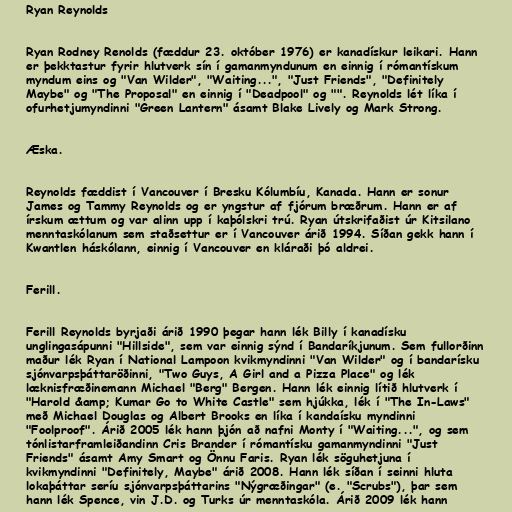
Ryan Reynolds

Ryan Rodney Renolds (fæddur 23. október 1976) er kanadískur leikari. Hann
er þekktastur fyrir hlutverk sín í gamanmyndunum en einnig í rómantískum
myndum eins og "Van Wilder", "Waiting...", "Just Friends", "Definitely
Maybe" og "The Proposal" en einnig í "Deadpool" og "". Reynolds lét líka í
ofurhetjumyndinni "Green Lantern" ásamt Blake Lively og Mark Strong.

Æska.

Reynolds fæddist í Vancouver í Bresku Kólumbíu, Kanada. Hann er sonur
James og Tammy Reynolds og er yngstur af fjórum bræðrum. Hann er af
írskum ættum og var alinn upp í kaþólskri trú. Ryan útskrifaðist úr Kitsilano
menntaskólanum sem staðsettur er í Vancouver árið 1994. Síðan gekk hann í
Kwantlen háskólann, einnig í Vancouver en kláraði þó aldrei.

Ferill.

Ferill Reynolds byrjaði árið 1990 þegar hann lék Billy í kanadísku
unglingasápunni "Hillside", sem var einnig sýnd í Bandaríkjunum. Sem fullorðinn
maður lék Ryan í National Lampoon kvikmyndinni "Van Wilder" og í bandarísku
sjónvarpsþáttaröðinni, "Two Guys, A Girl and a Pizza Place" og lék
læknisfræðinemann Michael "Berg" Bergen. Hann lék einnig lítið hlutverk í
"Harold &amp; Kumar Go to White Castle" sem hjúkka, lék í "The In-Laws"
með Michael Douglas og Albert Brooks en líka í kandaísku myndinni
"Foolproof". Árið 2005 lék hann þjón að nafni Monty í "Waiting...", og sem
tónlistarframleiðandinn Cris Brander í rómantísku gamanmyndinni "Just
Friends" ásamt Amy Smart og Önnu Faris. Ryan lék söguhetjuna í
kvikmyndinni "Definitely, Maybe" árið 2008. Hann lék síðan í seinni hluta
lokaþáttar seríu sjónvarpsþáttarins "Nýgræðingar" (e. "Scrubs"), þar sem
hann lék Spence, vin J.D. og Turks úr menntaskóla. Árið 2009 lék hann